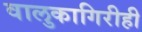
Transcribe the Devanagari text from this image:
वालुकागिरीही